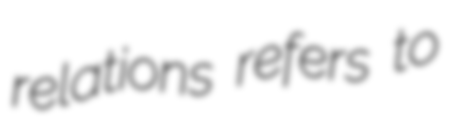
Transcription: relations refers to